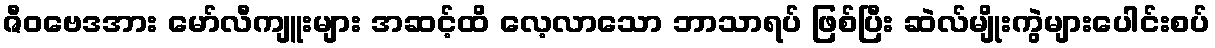
ဇီဝဗေဒအား မော်လီကျူးများ အဆင့်ထိ လေ့လာသော ဘာသာရပ် ဖြစ်ပြီး ဆဲလ်မျိုးကွဲများပေါင်းစပ်